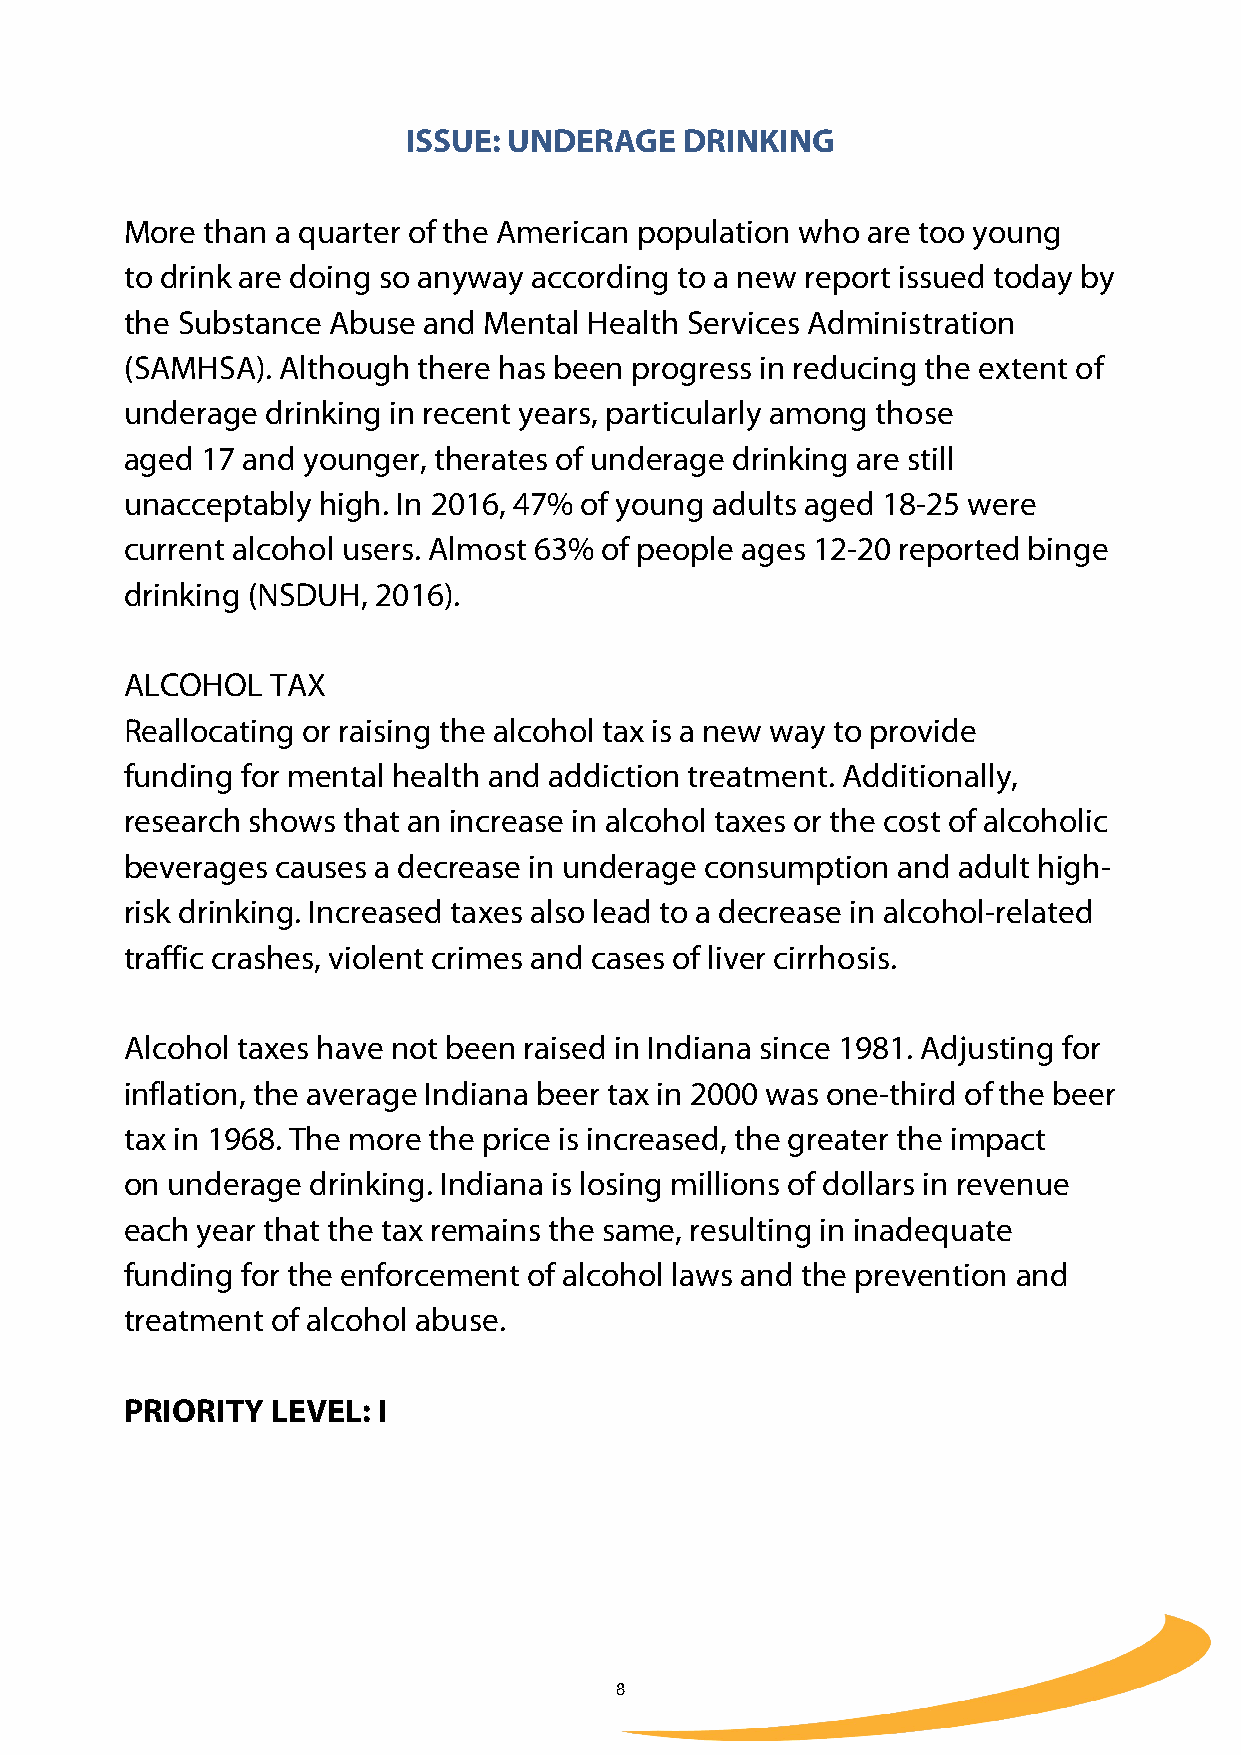
ISSUE: UNDERAGE   DRINKING
 More  than a quarter of the American population who are too young
 to drink are doing so anyway according to a new report issued today by
 the Substance Abuse and Mental Health Services Administration
 (SAMHSA). Although  there has been progress in reducing the extent of
 underage  drinking in recent years, particularly among those
 aged 17 and younger, therates of underage drinking are still
 unacceptably high. In 2016, 47% of young adults aged 18-25 were
 current alcohol users. Almost 63% of people ages 12-20 reported binge
 drinking (NSDUH, 2016).
 ALCOHOL   TAX
 Reallocating or raising the alcohol tax is a new way to provide
 funding for mental health and addiction treatment. Additionally,
 research shows that an increase in alcohol taxes or the cost of alcoholic
 beverages causes a decrease in underage consumption and adult high-
 risk drinking. Increased taxes also lead to a decrease in alcohol-related
 traffic crashes, violent crimes and cases of liver cirrhosis.
 Alcohol taxes have not been raised in Indiana since 1981. Adjusting for
 inflation, the average Indiana beer tax in 2000 was one-third of the beer
 tax in 1968. The more the price is increased, the greater the impact
 on underage  drinking. Indiana is losing millions of dollars in revenue
 each year that the tax remains the same, resulting in inadequate
 funding for the enforcement of alcohol laws and the prevention and
 treatment of alcohol abuse.
 PRIORITY  LEVEL: I
 8